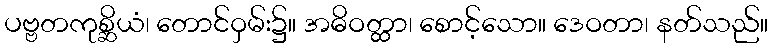
ပဗ္ဗတကုစ္ဆိယံ၊ တောင်ဝှမ်း၌။ အဓိဝတ္ထာ၊ စောင့်သော။ ဒေဝတာ၊ နတ်သည်။